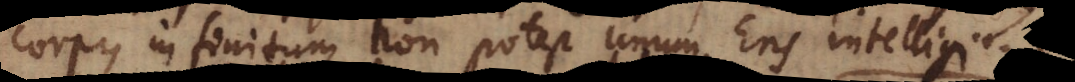
corpus infinitum non potest unum Ens intelligi,